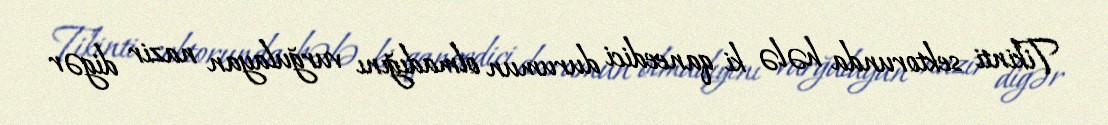
Tikinti sektorunda hələ ki qaneedici durumun olmadığını vurğulayan nazir digər